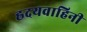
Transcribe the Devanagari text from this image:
ह्रदयवाहिनी